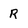
Character: R